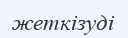
жеткізуді